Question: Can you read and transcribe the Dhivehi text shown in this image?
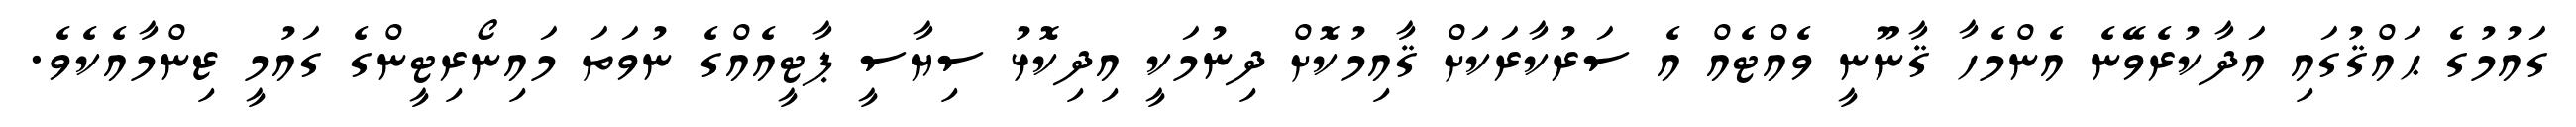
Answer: ގައުމުގެ ޙައްޤުގައި އަދާކުރެވޭނެ އެންމެހާ ޤާނޫނީ ވެއްޓެއް އެ ސަރުކާރަކަށް ޤާއިމުކޮށް ދިނުމަކީ އިދިކޮޅު ސިޔާސީ ޕާޓީއެއްގެ ނުވަތަ މައިނޯރިޓީންގެ ގައުމީ ޒިންމާއެކެވެ.